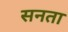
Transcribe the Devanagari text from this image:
सनता